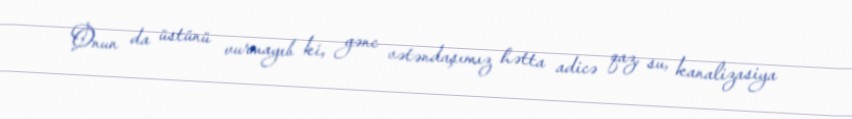
Onun da üstünü vurmayıb ki, gənc vətəndaşımız hətta adicə qaz, su, kanalizasiya